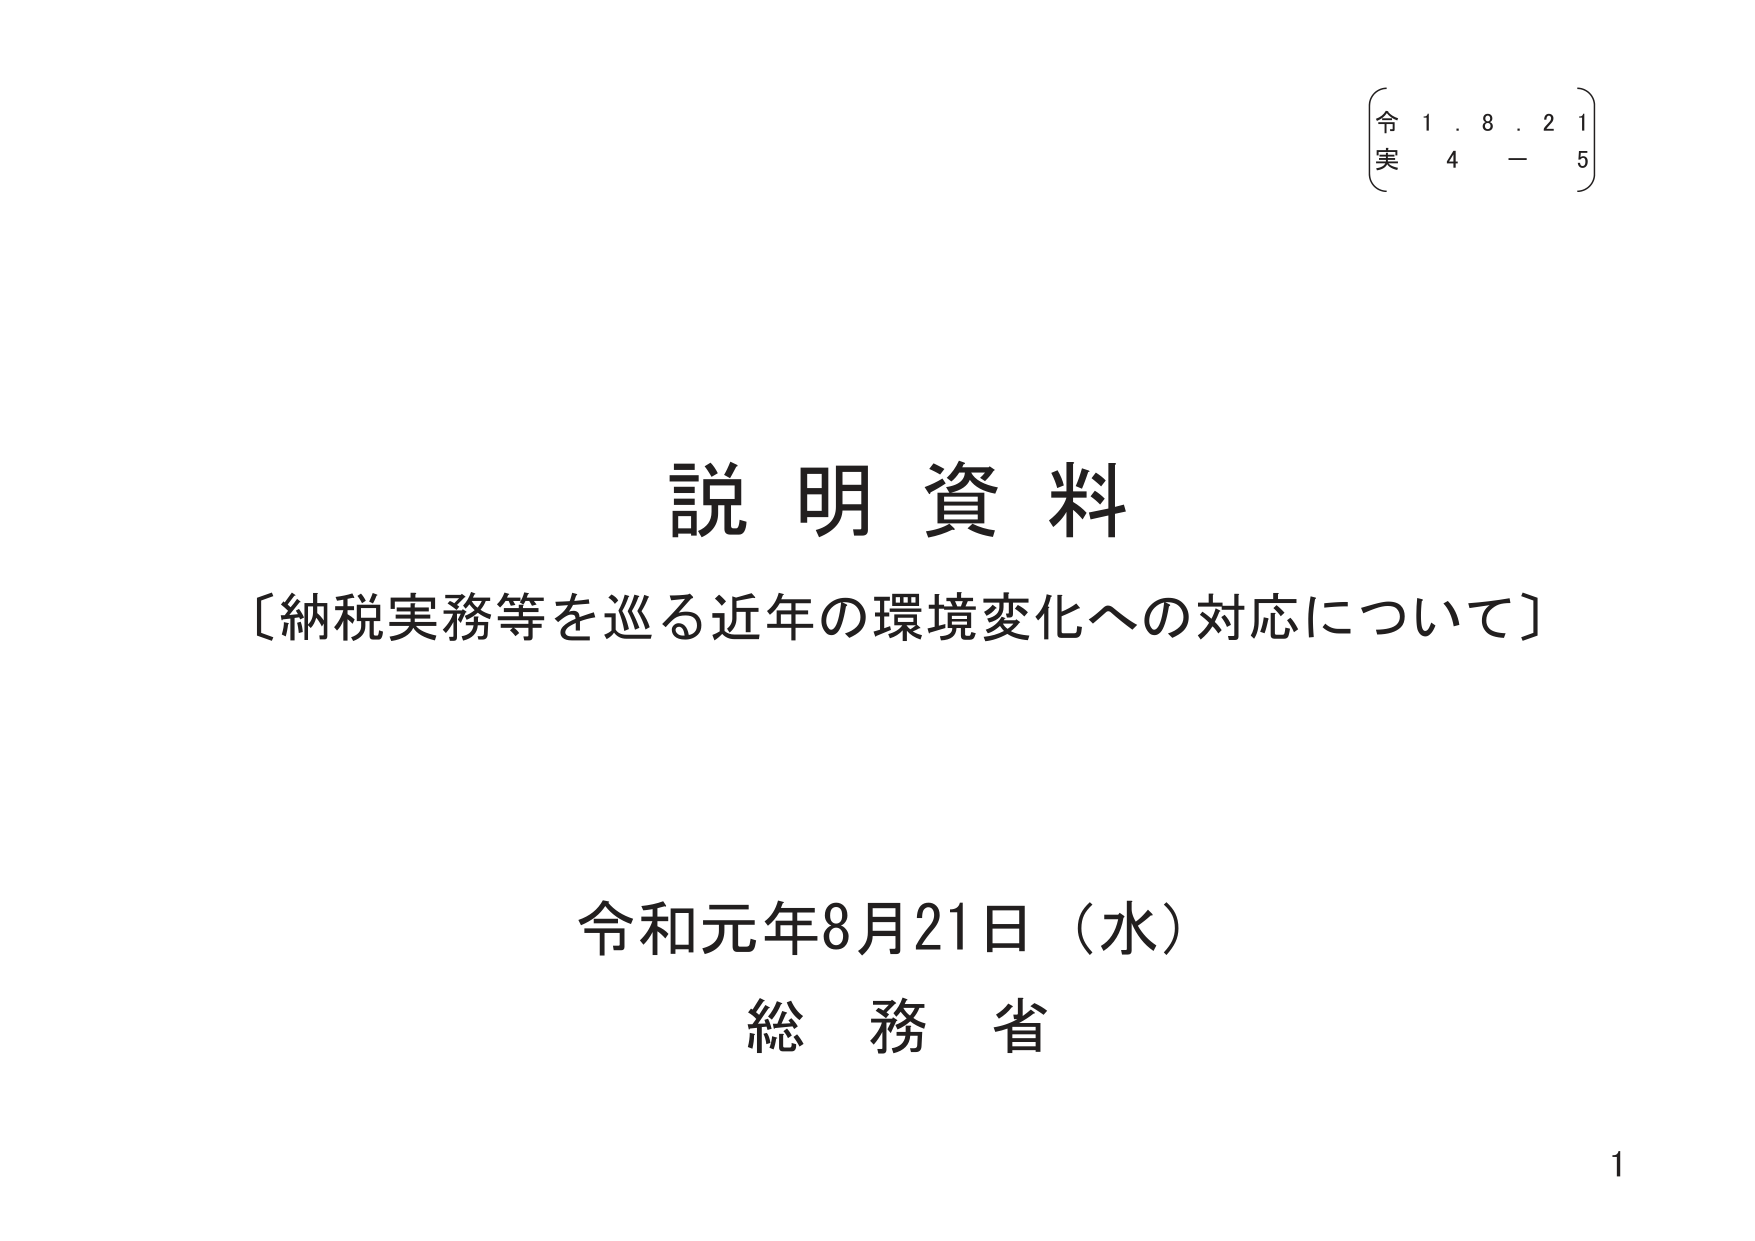
説明資料
〔納税実務等を巡る近年の環境変化への対応について〕

令和元年8月21日（水）
総務省

令 1. 8. 2 1
実 4 － 5

1